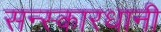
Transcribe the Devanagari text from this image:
सन्स्कारधानी